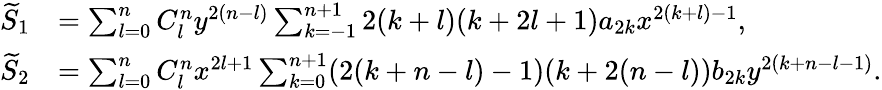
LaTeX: \begin{array}{rl}{\widetilde{S}_{1}}&{=\sum_{l=0}^{n}C_{l}^{n}y^{2(n-l)}\sum_{k=-1}^{n+1}2(k+l)(k+2l+1)a_{2k}x^{2(k+l)-1},}\\ {\widetilde{S}_{2}}&{=\sum_{l=0}^{n}C_{l}^{n}x^{2l+1}\sum_{k=0}^{n+1}(2(k+n-l)-1)(k+2(n-l))b_{2k}y^{2(k+n-l-1)}.}\end{array}